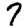
Digit: 7